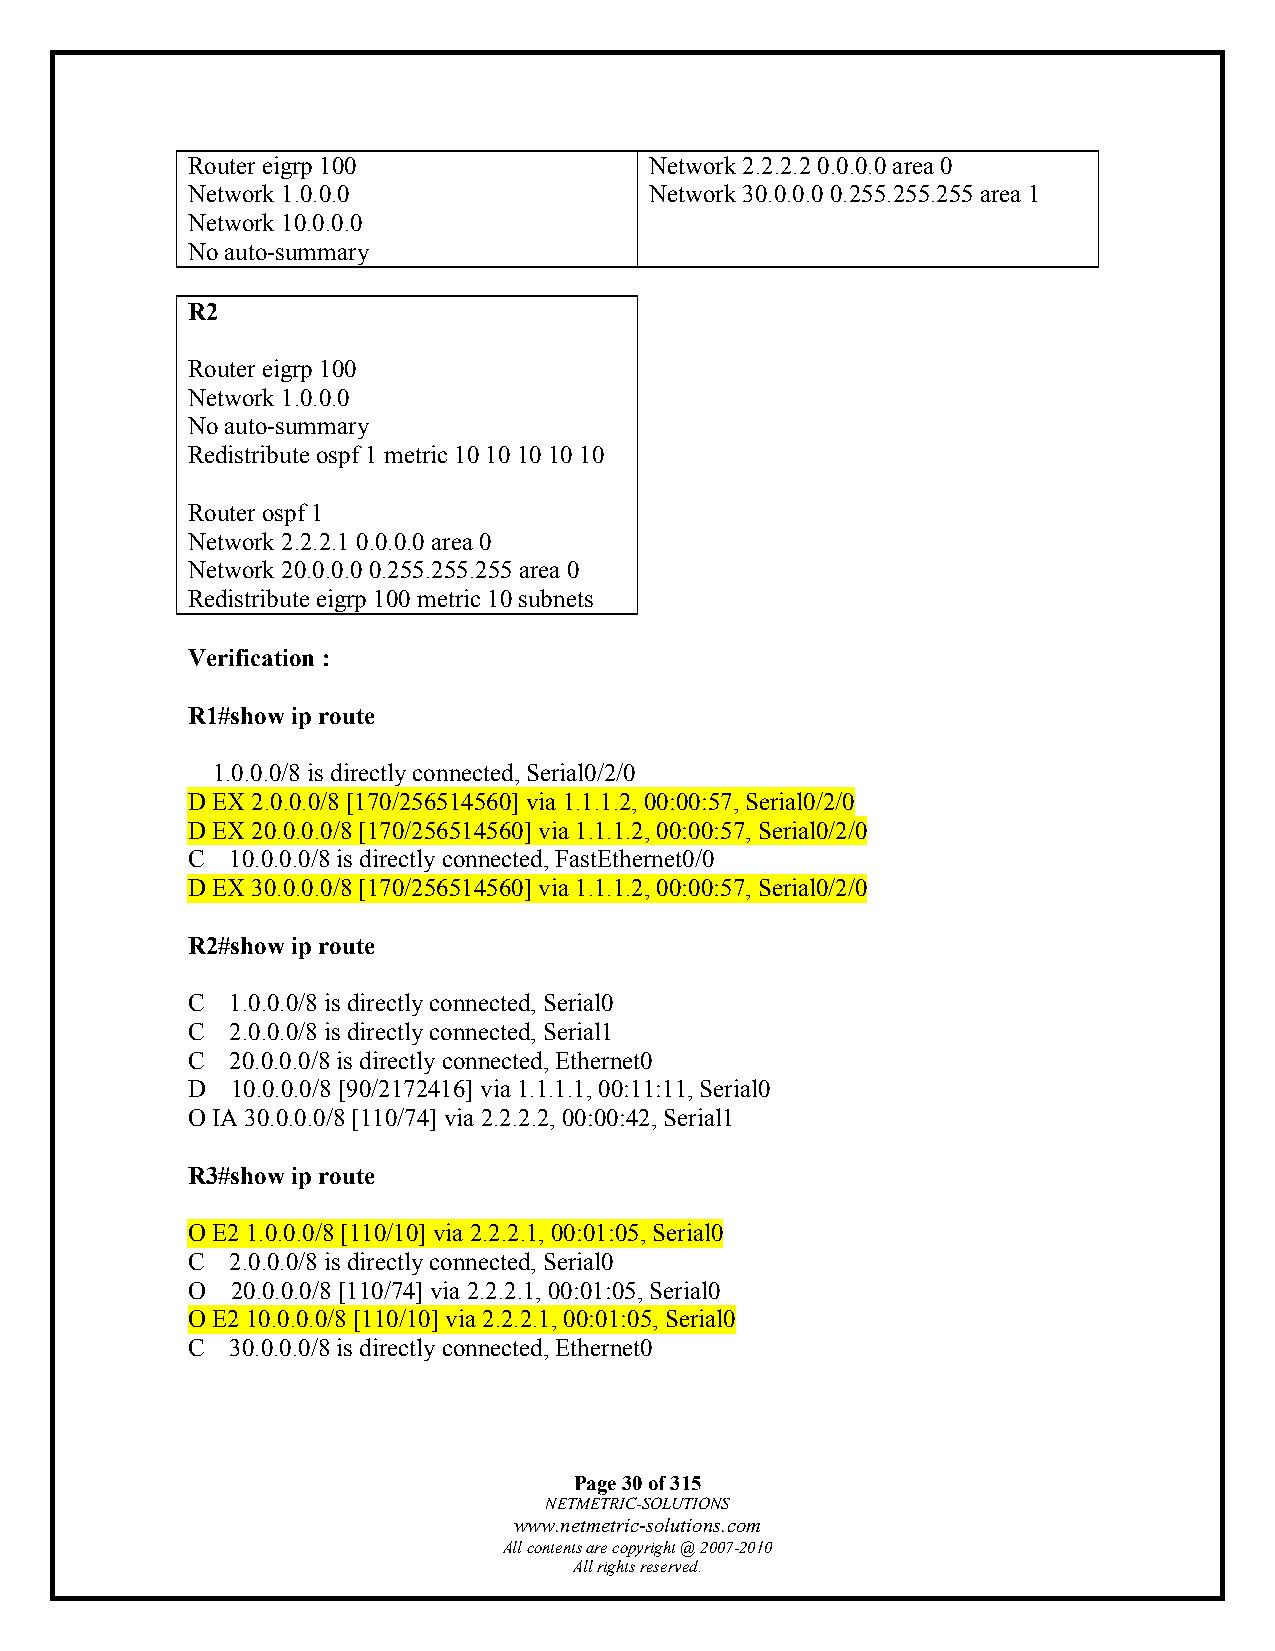
Router eigrp 100               Network 2.2.2.2 0.0.0.0 area 0
 Network 1.0.0.0                Network 30.0.0.0 0.255.255.255 area 1
 Network 10.0.0.0
 No auto-summary
 R2
 Router eigrp 100
 Network 1.0.0.0
 No auto-summary
 Redistribute ospf 1 metric 10 10 10 10 10
 Router ospf 1
 Network 2.2.2.1 0.0.0.0 area 0
 Network 20.0.0.0 0.255.255.255 area 0
 Redistribute eigrp 100 metric 10 subnets
 Verification :
 R1#show ip route
 1.0.0.0/8 is directly connected, Serial0/2/0
 D EX 2.0.0.0/8 [170/256514560] via 1.1.1.2, 00:00:57, Serial0/2/0
 D EX 20.0.0.0/8 [170/256514560] via 1.1.1.2, 00:00:57, Serial0/2/0
 C  10.0.0.0/8 is directly connected, FastEthernet0/0
 D EX 30.0.0.0/8 [170/256514560] via 1.1.1.2, 00:00:57, Serial0/2/0
 R2#show ip route
 C  1.0.0.0/8 is directly connected, Serial0
 C  2.0.0.0/8 is directly connected, Serial1
 C  20.0.0.0/8 is directly connected, Ethernet0
 D  10.0.0.0/8 [90/2172416] via 1.1.1.1, 00:11:11, Serial0
 O IA 30.0.0.0/8 [110/74] via 2.2.2.2, 00:00:42, Serial1
 R3#show ip route
 O E2 1.0.0.0/8 [110/10] via 2.2.2.1, 00:01:05, Serial0
 C  2.0.0.0/8 is directly connected, Serial0
 O  20.0.0.0/8 [110/74] via 2.2.2.1, 00:01:05, Serial0
 O E2 10.0.0.0/8 [110/10] via 2.2.2.1, 00:01:05, Serial0
 C  30.0.0.0/8 is directly connected, Ethernet0
 Page 30 of 315
 NETMETRIC-SOLUTIONS
 www.netmetric-solutions.com
 All contents are copyright @ 2007-2010
 All rights reserved.